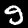
Digit: 9